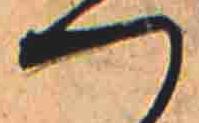
つ